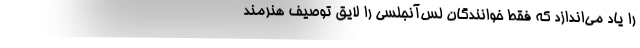
را یاد می‌اندازد که فقط خوانندگان لُس‌آنجلسی را لایق توصیف هنرمند